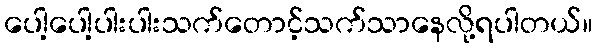
ပေါ့ပေါ့ပါးပါးသက်တောင့်သက်သာနေလို့ရပါတယ်။